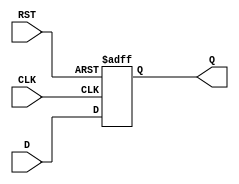
module DataRegister (
    input wire [N-1:0] D,    // Data input
    input wire CLK,           // Clock input
    input wire RST,           // Asynchronous reset
    output reg [N-1:0] Q      // Data output
);
    parameter N = 8;          // Define the width of the register (8 bits by default)

    // Asynchronous reset and synchronous data capture
    always @(posedge CLK or posedge RST) begin
        if (RST) begin
            Q <= {N{1'b0}};    // Reset output to 0
        end else begin
            Q <= D;            // Capture input data on clock edge
        end
    end
endmodule